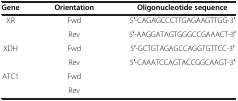
<table><thead><tr><td><b>Gene</b></td><td><b>Orientation</b></td><td><b>Oligonucleotide sequence</b></td></tr></thead><tbody><tr><td rowspan="2">XR</td><td>Fwd</td><td>5′-CAGAGCCCTTGAGAAGTTGG-3′</td></tr><tr><td>Rev</td><td>5′-AAGGATAGTGGGCCGAAACT-3′</td></tr><tr><td rowspan="2">XDH</td><td>Fwd</td><td>5′-GCTGTAGAGCCAGGTGTTCC-3′</td></tr><tr><td>Rev</td><td>5′-CAAATCCAGTACCGGCAAGT-3′</td></tr><tr><td>ATC1</td><td>Fwd</td><td>[EMPTY_CELL]</td></tr><tr><td>[EMPTY_CELL]</td><td>Rev</td><td>[EMPTY_CELL]</td></tr></tbody></table>